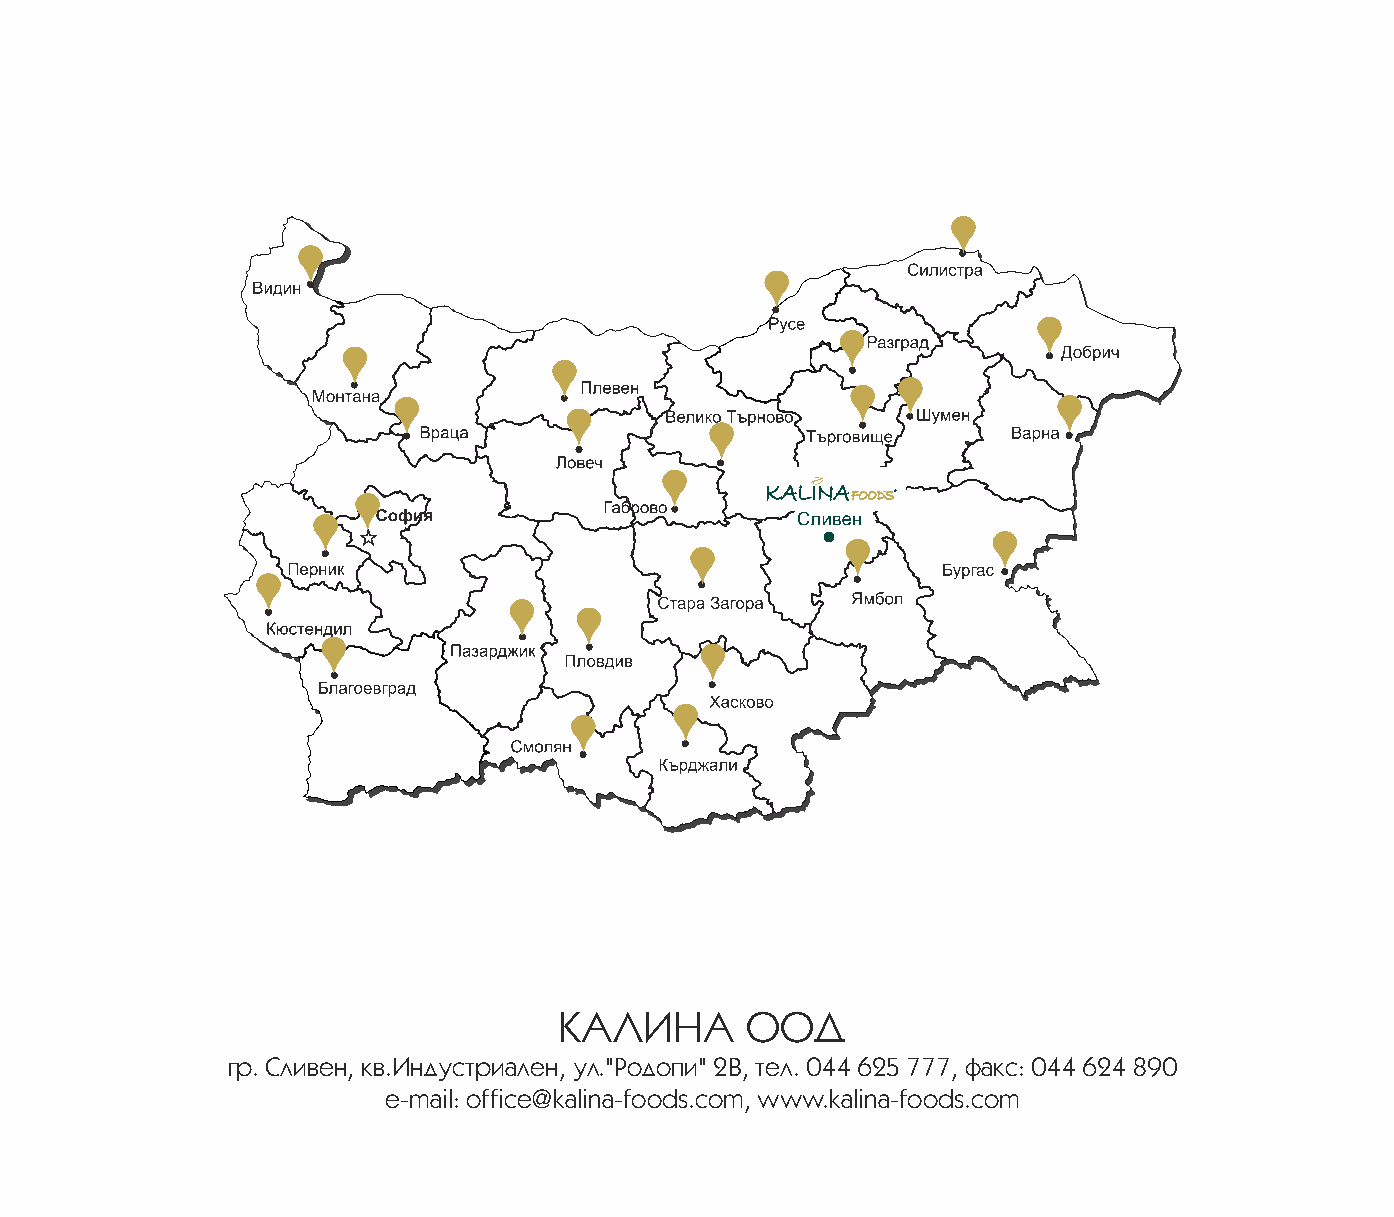
KALINA
 FOODS®
 КАЛИНА      ООД
 гр. Сливен, кв.Индустриален, ул."Родопи" 2В, тел. 044 625 777, факс: 044 624 890
 e-mail: office@kalina-foods.com, www.kalina-foods.com